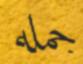
جملە